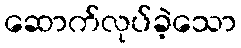
ဆောက်လုပ်ခဲ့သော